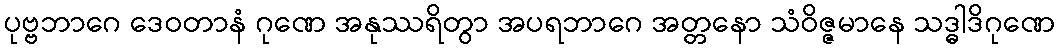
ပုဗ္ဗဘာဂေ ဒေဝတာနံ ဂုဏေ အနုဿရိတွာ အပရဘာဂေ အတ္တနော သံဝိဇ္ဇမာနေ သဒ္ဓါဒိဂုဏေ